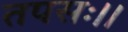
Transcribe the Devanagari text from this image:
तपसः।।